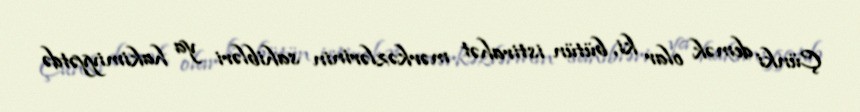
Çünki demək olar ki, bütün istirahət mərkəzlərinin sahibləri ya hakimiyyətdə